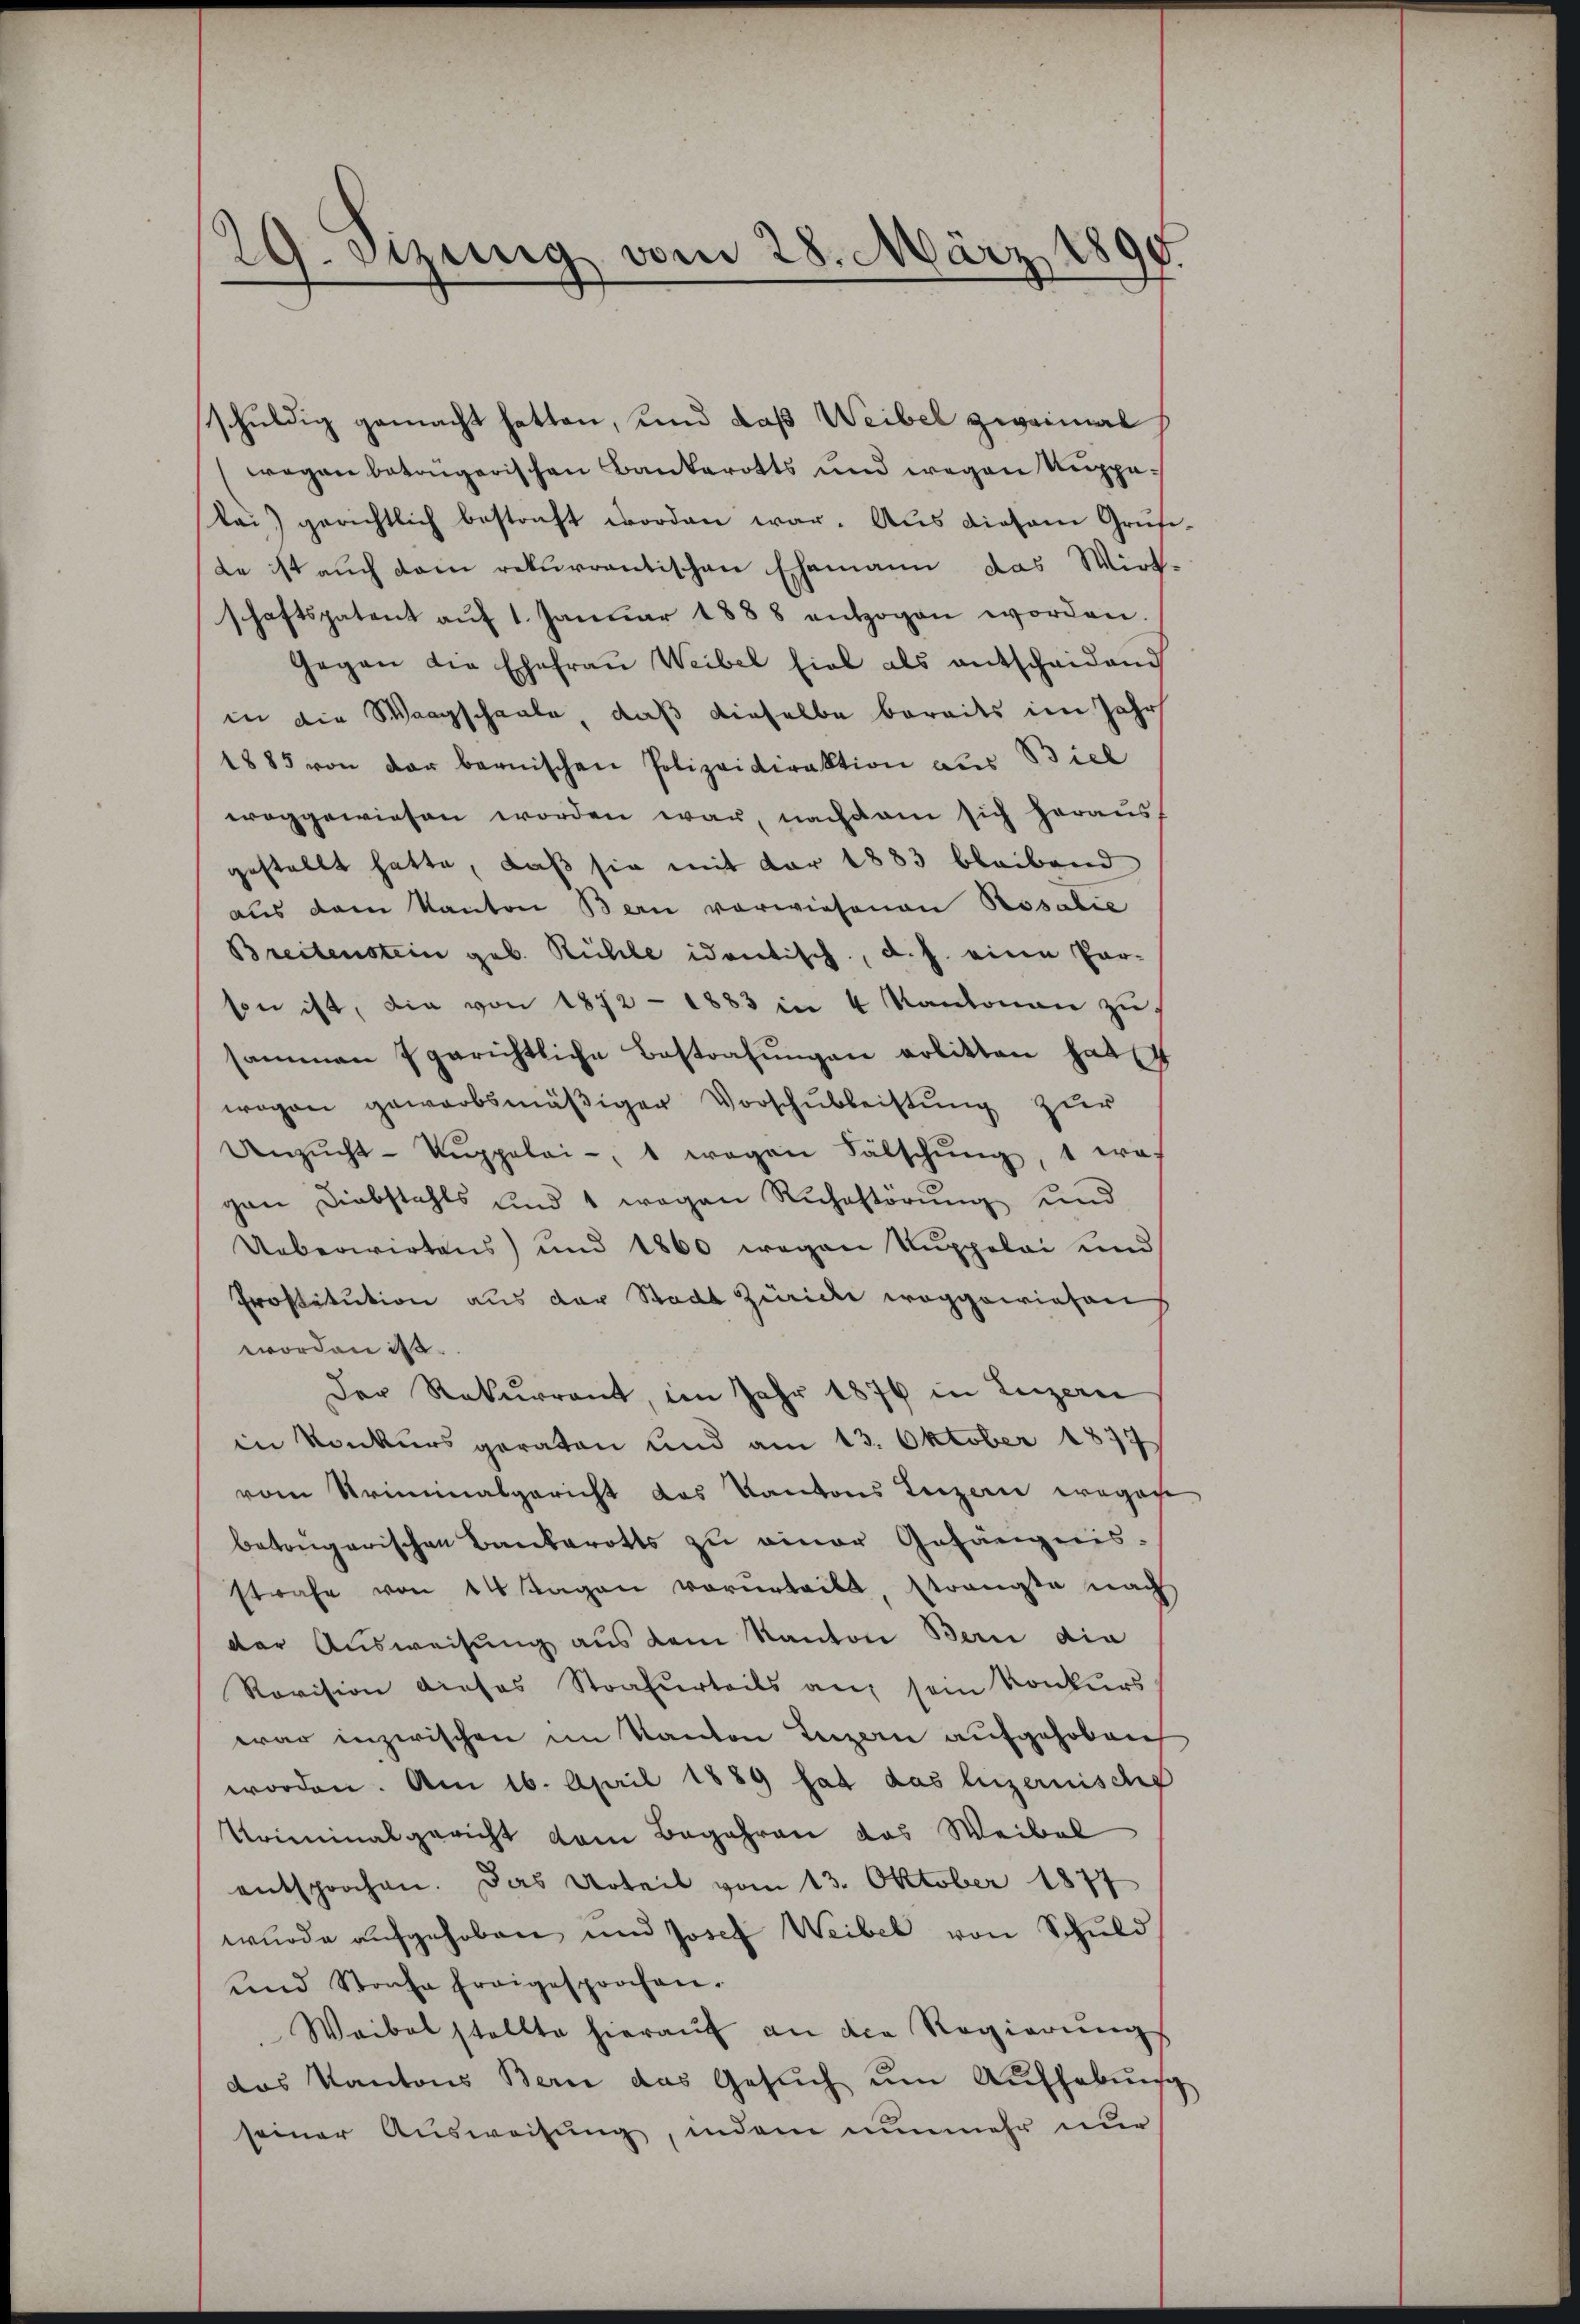
29. Sizung vom 28. März 180
.

schuldig gemacht hatten, und daß Weibel zweimal
wegen betongerischen Bankerotts und wegen Kuppelai) gerichtlich bestraft worden war. Aŭs diesem Grŭfe-
Le ist auch dem rekurrentischen Ehemann das Wirt-
schaftspatent aŭf 1. Janŭar 1888 entzogen worden.
Gegen die Ehefrau Weibel fiel als entscheidend
in die Waagschaale, daß dieselbe bereits im Jahr
1885 von der bernischen Polizeidirektion aus Biel
weggewiesen worden war, nachdem sich heraus,
gestellt hatte, daß sie mit der 1883 bleibend
aus dem Kanton Bern vorwiesenen Rosalie
Breitenstein geb. Rühle identisch, d. h. eine Par-
son ist, die von 1872 - 1883 in 4 Kantonen zu
sammen gerichtliche Bestrafŭngen erlitten hat 4
wegen geworbsmäβiger Vorschubleistung zur
Anzŭcht-Kŭppolai- 1 wegen Fälschŭng, 1 wah
gen Diebstahls und 1 wegen Ruhestörung und
Ueberwirtens) und 1860 wegen Kuppelai Kind
Prostitution aus der Stadt Zürich weggewiesen
worden ist.
Der Rekurrent, im Jahr 1876 in Luzern
in Konkurs geraten und am 13. Oktober 1877
vom Kriminalgericht das Kantons Luzern wegen
betrügerischen Bankerotts zu einer Gefängnis-
strafe von 14 Tagen vorurteilt, strengte nach
der Ausweisung aus dem Kanton Bern die
Ravision dieses Strafurteils an sein Konkurs
war inzwischen im Kanton Luzern aufgehoben
worden. Am 16. April 1889 hat das luzernische
Uriminalgericht vom Begehren das Weibel
entsprochen. Das Urteil vom 13. Oktober 1877
wurde aufgehoben und Josef Weibel von Schuld
und Strafe freigesprochen.
Weibel stellte hieraŭf an die Regierŭngs
das Kantons Bern das Gesuch um Aufhebung
seiner Aŭsweisŭng, indem nunmehr nur